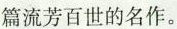
篇流芳百世的名作。